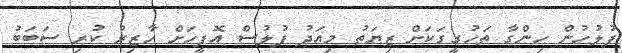
ފުލުހުން ހިންގާ ތަހުގީގަކަށް ޒިޔަތު މިއަދު ފުލުސް އޮފީހަށް ހާޒިރު ކުރި ސަބަބު